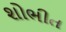
શોભીત